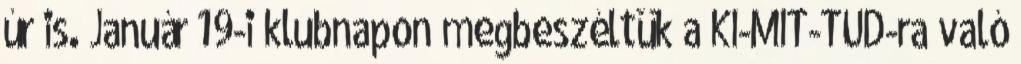
úr is. Január 19-i klubnapon megbeszéltük a KI-MIT-TUD-ra való